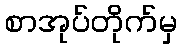
စာအုပ်တိုက်မှ